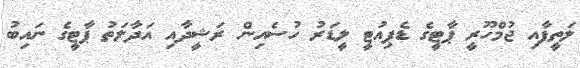
ލަތީފާއި ޖުމްހޫރީ ޕާޓީގެ ޑެޕިއުޓީ ލީޑަރު ހުސެއިން ރަޝީދާއި އަދާލަތު ޕާޓީގެ ނައިބު